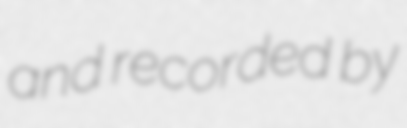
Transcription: and recorded by